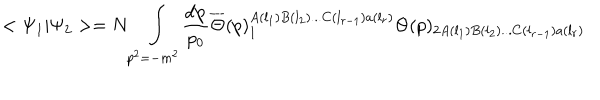
< \Psi _ { 1 } | \Psi _ { 2 } > = N \int _ { p ^ { 2 } = - m ^ { 2 } } \frac { d { \bf p } } { p _ { 0 } } \overline { { { \Theta } } } ( p ) _ { 1 } ^ { A ( l _ { 1 } ) B ( l _ { 2 } ) . . . C ( l _ { r - 1 } ) a ( l _ { r } ) } \Theta ( p ) _ { 2 A ( l _ { 1 } ) B ( l _ { 2 } ) . . . C ( l _ { r - 1 } ) a ( l _ { r } ) }